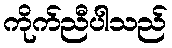
ကိုက်ညီပါသည်